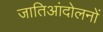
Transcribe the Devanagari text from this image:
जातिआंदोलनों